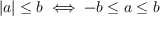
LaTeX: | a | \leq b \iff - b \leq a \leq b